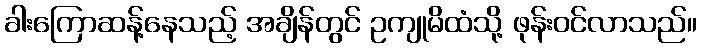
ခါးကြောဆန့်နေသည့် အချိန်တွင် ဥကျုမိထံသို့ ဖုန်းဝင်လာသည်။